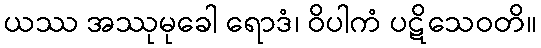
ယဿ အဿုမုခေါ ရောဒံ၊ ဝိပါကံ ပဋိသေဝတိ။